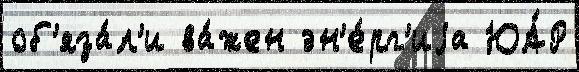
об'яза́л'и ва́жен эн'е́рг'иjа ЮА́Р